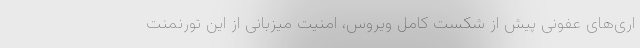
اری‌های عفونی پیش از شکست کامل ویروس، امنیت میزبانی از این تورنمنت